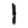
Digit: 1